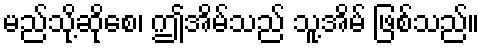
မည်သို့ဆိုစေ၊ ဤအိမ်သည် သူ့အိမ် ဖြစ်သည်။